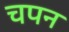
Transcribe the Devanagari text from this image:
चपन